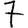
Digit: 7